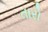
તારો